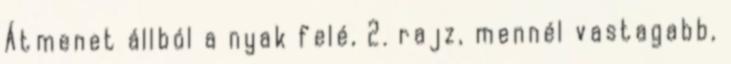
Átmenet állból a nyak felé, 2. rajz, mennél vastagabb,